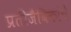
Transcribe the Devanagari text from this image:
प्रतीजैविकांचे